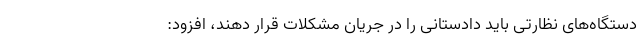
دستگاه‌های نظارتی باید دادستانی را در جریان مشکلات قرار دهند، افزود: